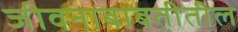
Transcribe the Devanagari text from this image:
जीवनाबाबतीतील